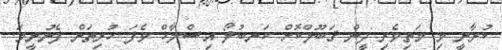
ކުރާނީ މި މަތިވެރި ދީން ޤަބޫލްކޮށް ކަނބުލޯ އިސްލާޚް ވެފަ ހުރިތަން ފެނުނީމަ.